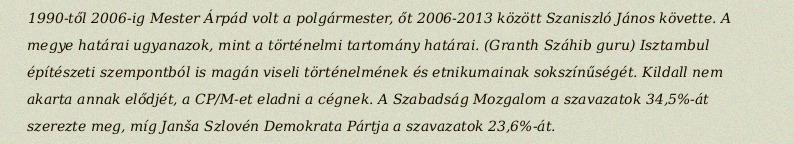
1990-től 2006-ig Mester Árpád volt a polgármester, őt 2006-2013 között Szaniszló János követte. A megye határai ugyanazok, mint a történelmi tartomány határai. (Granth Száhib guru) Isztambul építészeti szempontból is magán viseli történelmének és etnikumainak sokszínűségét. Kildall nem akarta annak elődjét, a CP/M-et eladni a cégnek. A Szabadság Mozgalom a szavazatok 34,5%-át szerezte meg, míg Janša Szlovén Demokrata Pártja a szavazatok 23,6%-át.